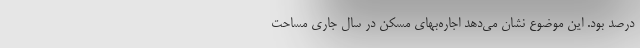
درصد بود. این موضوع نشان می‌دهد اجاره‌بهای مسکن در سال جاری مساحت